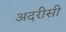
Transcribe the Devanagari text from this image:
अदरीसी